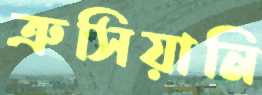
ত্রুসিয়ানি